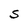
Character: S